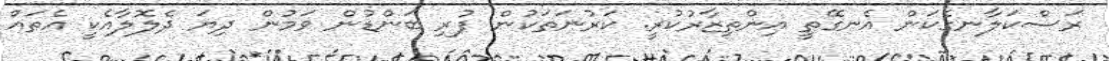
ރަސްކަލާނގެކަން އެނގޭތީ އިންތިޒާރުކުރީ. ކަރުނަތަކުން ފުރި ބަންޑުން ވަމުން ދިޔަ ދެލޮލާއެކީ އެތައް